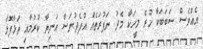
އެއްވެސް ސަބަބަކާ ހުރެ މީހަކާ މެދު ނަފުރަތެއް އުފެދުނަސް އަނިޔާ ކުރުމާއި ތަޅާފޮޅާ